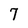
Character: 7